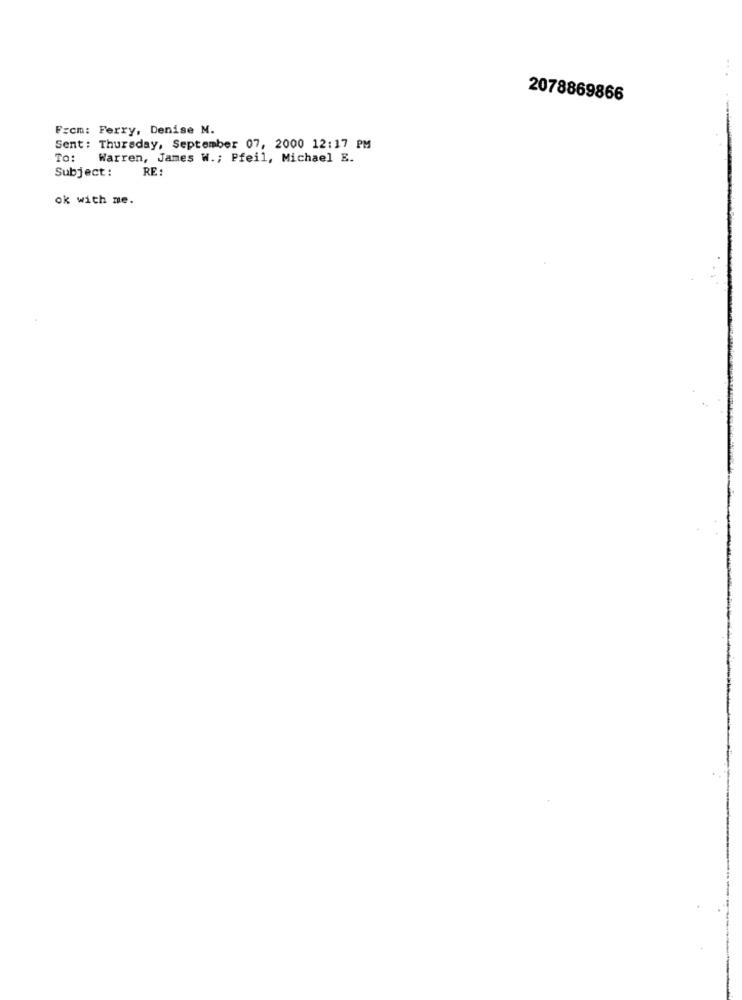
2078869866
From: Ferry, Denise N.
Sent: Thursday, September 07, 2000 12:17 PM
To: Warren, James W .; Pfeil, Michael E.
Subject:
RE :
ok with me.